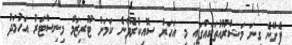
ފެށޭނެ ގިނަ މަޝްރޫއުތަކެއްގައި މި އަހަރު ސޮއިކުރެވޭނެ ކަމަށް ޓޫރިޒަމް މިނިސްޓަރު އަހުމަދު